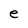
Character: e